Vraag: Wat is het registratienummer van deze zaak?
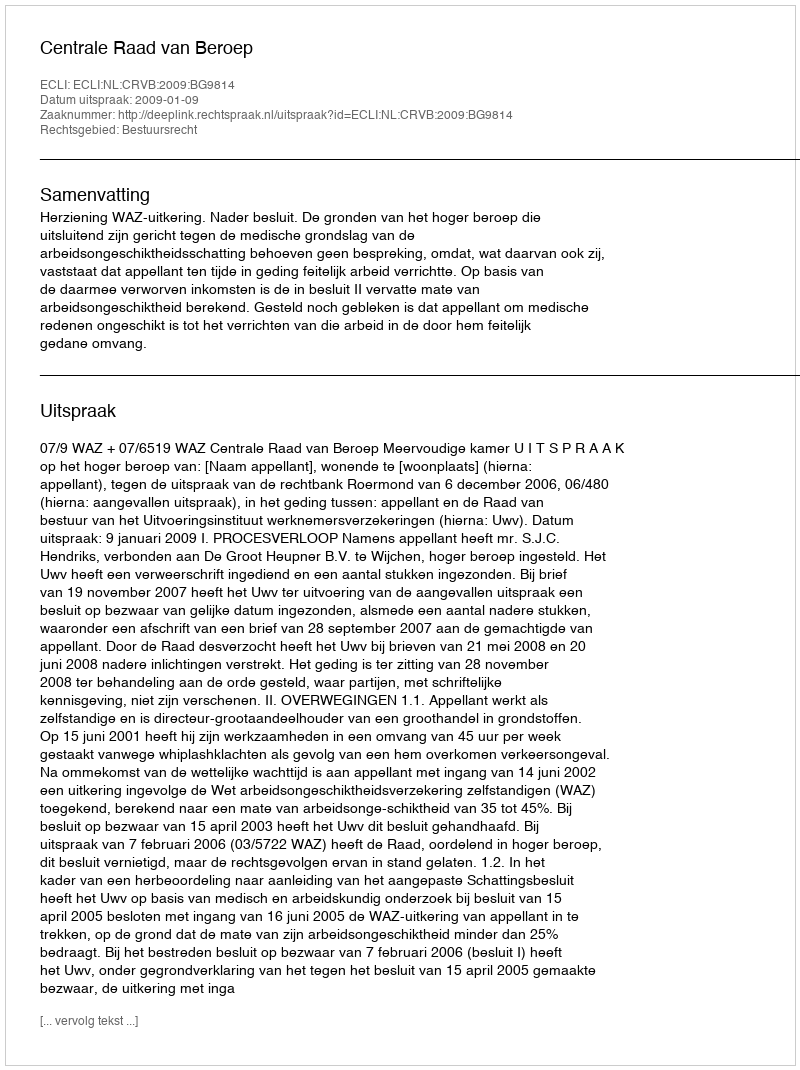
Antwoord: http://deeplink.rechtspraak.nl/uitspraak?id=ECLI:NL:CRVB:2009:BG9814